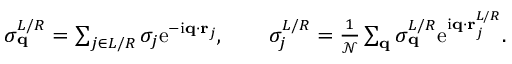
\begin{array} { r } { \sigma _ { \mathbf { q } } ^ { L / R } = \sum _ { j \in L / R } \sigma _ { j } \mathrm { e } ^ { - \mathrm { i } \mathbf { q } \cdot \mathbf { r } _ { j } } , \qquad \sigma _ { j } ^ { L / R } = \frac { 1 } { \mathcal { N } } \sum _ { \mathbf { q } } \sigma _ { \mathbf { q } } ^ { L / R } \mathrm { e } ^ { \mathrm { i } \mathbf { q } \cdot \mathbf { r } _ { j } ^ { L / R } } . } \end{array}